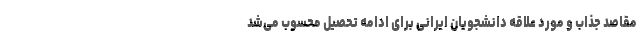
مقاصد جذاب و مورد علاقه دانشجویان ایرانی برای ادامه تحصیل محسوب می‌شد